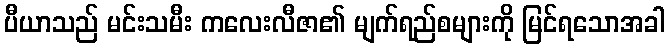
ပီယာသည် မင်းသမီး ကလေးလီဇာ၏ မျက်ရည်စများကို မြင်ရသောအခါ